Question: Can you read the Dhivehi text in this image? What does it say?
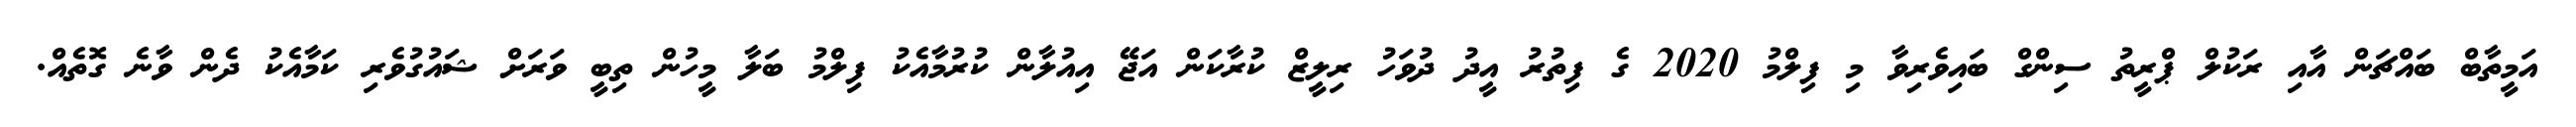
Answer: އަމީތާބް ބައްޗަން އާއި ރަކުލް ޕްރީތު ސިންގް ބައިވެރިވާ މި ފިލްމު 2020 ގެ ފިތުރު އީދު ދުވަހު ރިލީޒް ކުރާކަން އަޖޭ އިއުލާން ކުރުމާއެކު ފިލްމު ބަލާ މީހުން ތިބީ ވަރަށް ޝައުގުވެރި ކަމާއެކު ދެން ވާނެ ގޮތެއް.